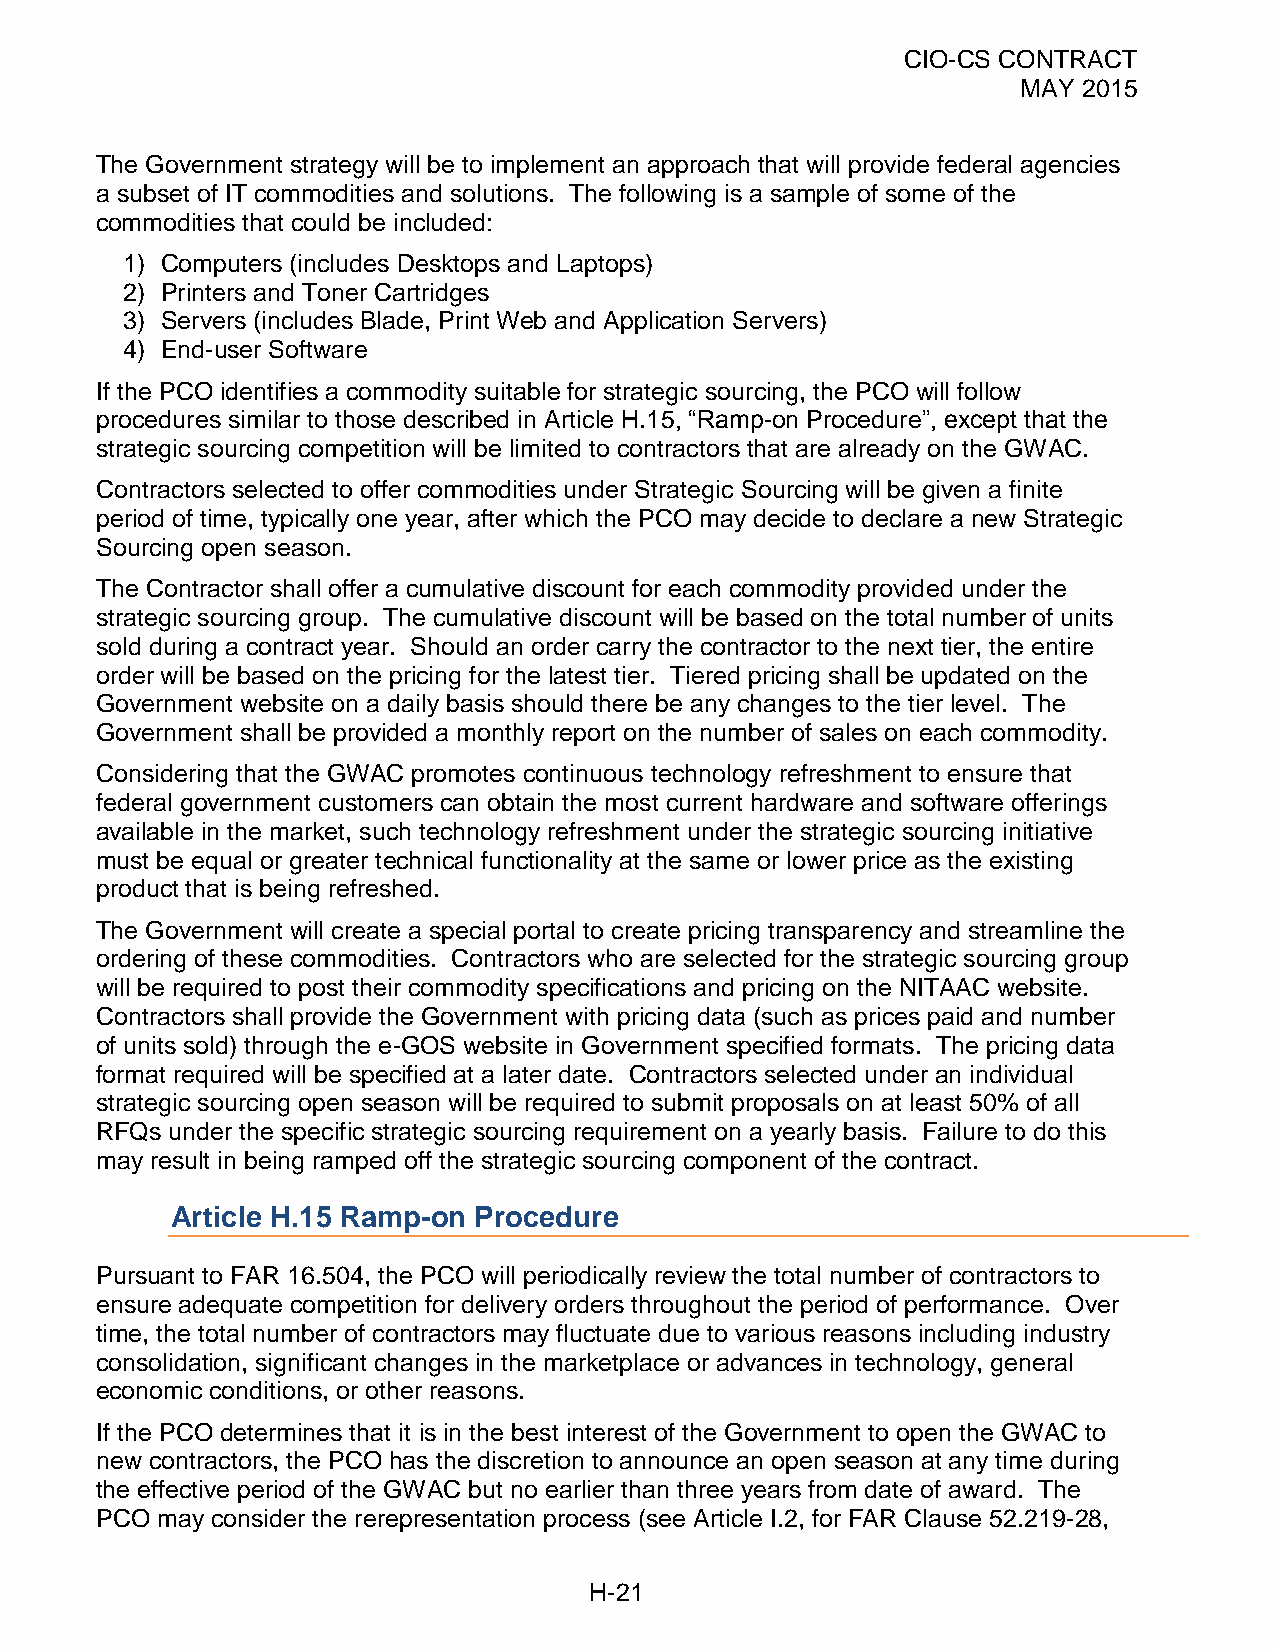
CIO-CS CONTRACT
 MAY 2015
 The Government strategy will be to implement an approach that will provide federal agencies
 a subset of IT commodities and solutions. The following is a sample of some of the
 commodities that could be included:
 1) Computers (includes Desktops and Laptops)
 2) Printers and Toner Cartridges
 3) Servers (includes Blade, Print Web and Application Servers)
 4) End-user Software
 If the PCO identifies a commodity suitable for strategic sourcing, the PCO will follow
 procedures similar to those described in Article H.15, “Ramp-on Procedure”, except that the
 strategic sourcing competition will be limited to contractors that are already on the GWAC.
 Contractors selected to offer commodities under Strategic Sourcing will be given a finite
 period of time, typically one year, after which the PCO may decide to declare a new Strategic
 Sourcing open season.
 The Contractor shall offer a cumulative discount for each commodity provided under the
 strategic sourcing group. The cumulative discount will be based on the total number of units
 sold during a contract year. Should an order carry the contractor to the next tier, the entire
 order will be based on the pricing for the latest tier. Tiered pricing shall be updated on the
 Government website on a daily basis should there be any changes to the tier level. The
 Government shall be provided a monthly report on the number of sales on each commodity.
 Considering that the GWAC promotes continuous technology refreshment to ensure that
 federal government customers can obtain the most current hardware and software offerings
 available in the market, such technology refreshment under the strategic sourcing initiative
 must be equal or greater technical functionality at the same or lower price as the existing
 product that is being refreshed.
 The Government will create a special portal to create pricing transparency and streamline the
 ordering of these commodities. Contractors who are selected for the strategic sourcing group
 will be required to post their commodity specifications and pricing on the NITAAC website.
 Contractors shall provide the Government with pricing data (such as prices paid and number
 of units sold) through the e-GOS website in Government specified formats. The pricing data
 format required will be specified at a later date. Contractors selected under an individual
 strategic sourcing open season will be required to submit proposals on at least 50% of all
 RFQs under the specific strategic sourcing requirement on a yearly basis. Failure to do this
 may result in being ramped off the strategic sourcing component of the contract.
 Article H.15 Ramp-on Procedure
 Pursuant to FAR 16.504, the PCO will periodically review the total number of contractors to
 ensure adequate competition for delivery orders throughout the period of performance. Over
 time, the total number of contractors may fluctuate due to various reasons including industry
 consolidation, significant changes in the marketplace or advances in technology, general
 economic conditions, or other reasons.
 If the PCO determines that it is in the best interest of the Government to open the GWAC to
 new contractors, the PCO has the discretion to announce an open season at any time during
 the effective period of the GWAC but no earlier than three years from date of award. The
 PCO may consider the rerepresentation process (see Article I.2, for FAR Clause 52.219-28,
 H-21